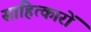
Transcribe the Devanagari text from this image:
साहित्कारों